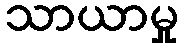
သာယာမှု